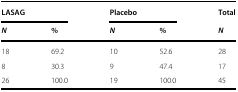
| <COLSPAN=2> LASAG | <COLSPAN=2> Placebo | Total |
 | N | % | N | % | N |
 | --- | --- | --- | --- | --- |
 | 18 | 69.2 | 10 | 52.6 | 28 |
 | 8 | 30.3 | 9 | 47.4 | 17 |
 | 26 | 100.0 | 19 | 100.0 | 45 |